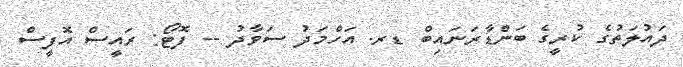
ދައުލަތުގެ ކުރީގެ ބަންޑާރަނައިބް ޑރ. އަހްމަދު ސަވާދު -- ފޮޓޯ: ރައީސް އޮފީސް